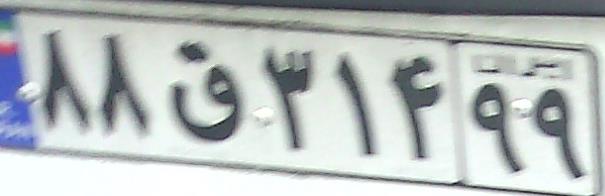
۸۸ق۳۱۴۹۹